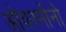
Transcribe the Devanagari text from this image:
ओवरमोंनो